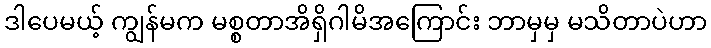
ဒါပေမယ့် ကျွန်မက မစ္စတာအိရှိဂါမိအကြောင်း ဘာမှမှ မသိတာပဲဟာ